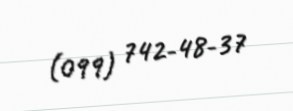
(099) 742-48-37